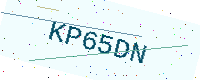
Text: KP65DN